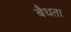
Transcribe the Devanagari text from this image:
बैधता